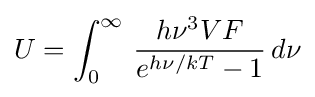
U=\int _{0}^{\infty }\,{h\nu ^{3}VF \over e^{h\nu /kT}-1}\,d\nu